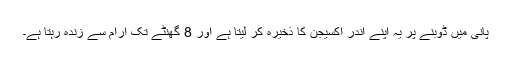
پانی میں ڈوبنے پر یہ اپنے اندر آکسیجن کا ذخیرہ کر لیتا ہے اور 8 گھنٹے تک آرام سے زندہ رہتا ہے۔